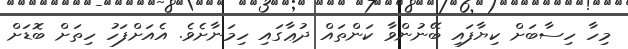
މިހާ ހިސާބަށް ކިޔާފައި ބޭނުންވާ ކަންތައް ދުޢާގައި ހިމަނާށެވެ. އެއަށްފަހު ހިތަށް ބޮޑަށް